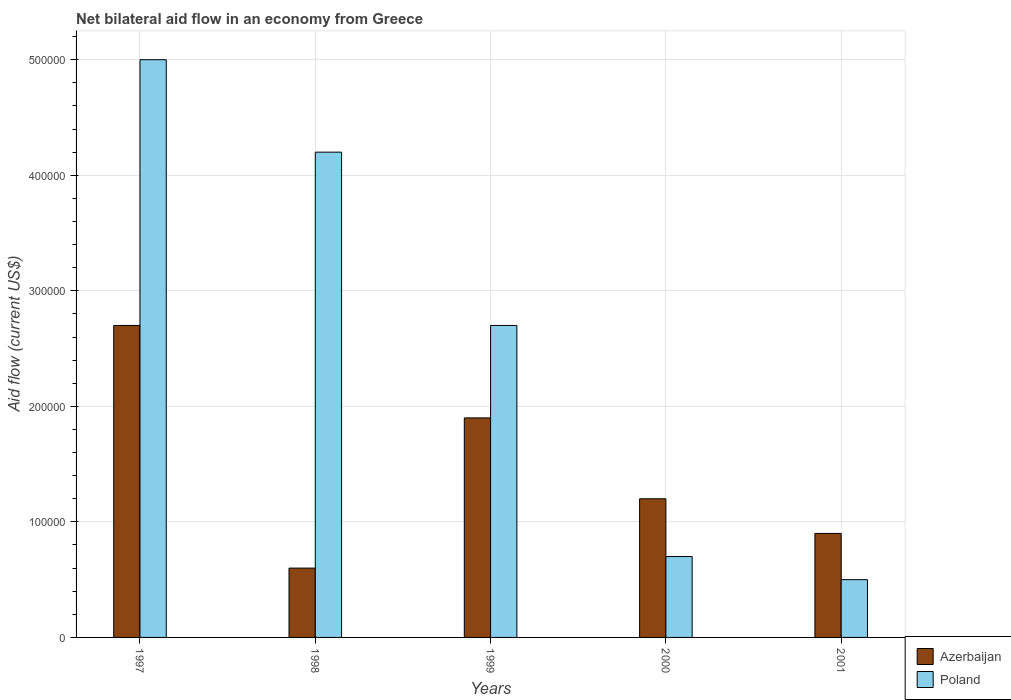
| Years | Azerbaijan | Poland |
 | --- | --- | --- |
 | 1997 | 2.7e+05 | 5e+05 |
 | 1998 | 6e+04 | 4.2e+05 |
 | 1999 | 1.9e+05 | 2.7e+05 |
 | 2000 | 1.2e+05 | 7e+04 |
 | 2001 | 9e+04 | 5e+04 |